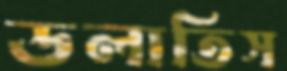
ডলাতিস